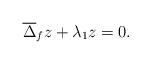
LaTeX: \begin{align*} \overline{\Delta}_fz+\lambda_1z=0.\end{align*}